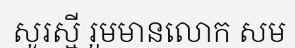
សូរស្មី រួមមានលោក សម